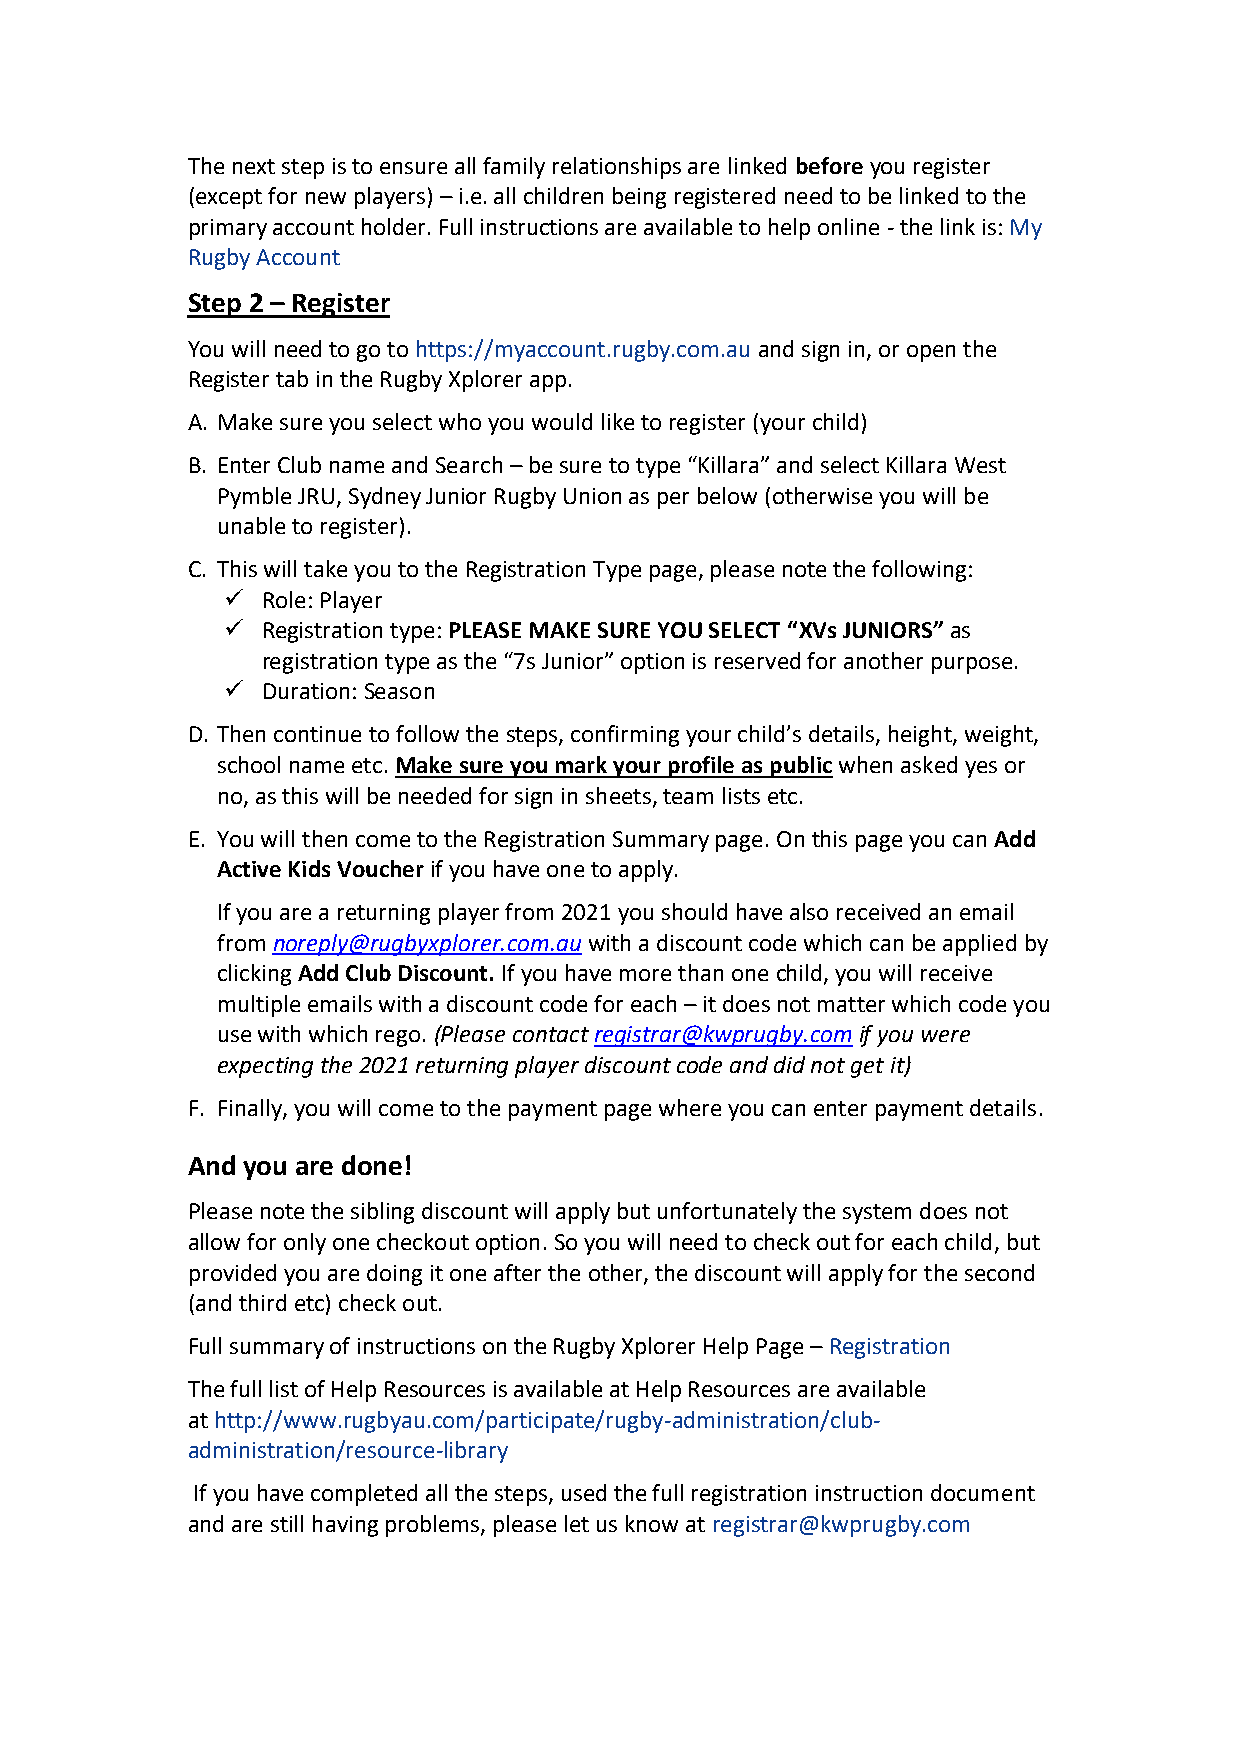
The next step is to ensure all family relationships are linked before you register
 (except for new players) – i.e. all children being registered need to be linked to the
 primary account holder. Full instructions are available to help online - the link is: My
 Rugby Account
 Step 2 – Register
 You will need to go to https://myaccount.rugby.com.au and sign in, or open the
 Register tab in the Rugby Xplorer app.
 A. Make sure you select who you would like to register (your child)
 B. Enter Club name and Search – be sure to type “Killara” and select Killara West
 Pymble JRU, Sydney Junior Rugby Union as per below (otherwise you will be
 unable to register).
 C. This will take you to the Registration Type page, please note the following:
 ✓ Role: Player
 ✓ Registration type: PLEASE MAKE SURE YOU SELECT “XVs JUNIORS” as
 registration type as the “7s Junior” option is reserved for another purpose.
 ✓ Duration: Season
 D. Then continue to follow the steps, confirming your child’s details, height, weight,
 school name etc. Make sure you mark your profile as public when asked yes or
 no, as this will be needed for sign in sheets, team lists etc.
 E. You will then come to the Registration Summary page. On this page you can Add
 Active Kids Voucher if you have one to apply.
 If you are a returning player from 2021 you should have also received an email
 from noreply@rugbyxplorer.com.au with a discount code which can be applied by
 clicking Add Club Discount. If you have more than one child, you will receive
 multiple emails with a discount code for each – it does not matter which code you
 use with which rego. (Please contact registrar@kwprugby.com if you were
 expecting the 2021 returning player discount code and did not get it)
 F. Finally, you will come to the payment page where you can enter payment details.
 And you are done!
 Please note the sibling discount will apply but unfortunately the system does not
 allow for only one checkout option. So you will need to check out for each child, but
 provided you are doing it one after the other, the discount will apply for the second
 (and third etc) check out.
 Full summary of instructions on the Rugby Xplorer Help Page – Registration
 The full list of Help Resources is available at Help Resources are available
 at http://www.rugbyau.com/participate/rugby-administration/club-
 administration/resource-library
 If you have completed all the steps, used the full registration instruction document
 and are still having problems, please let us know at registrar@kwprugby.com